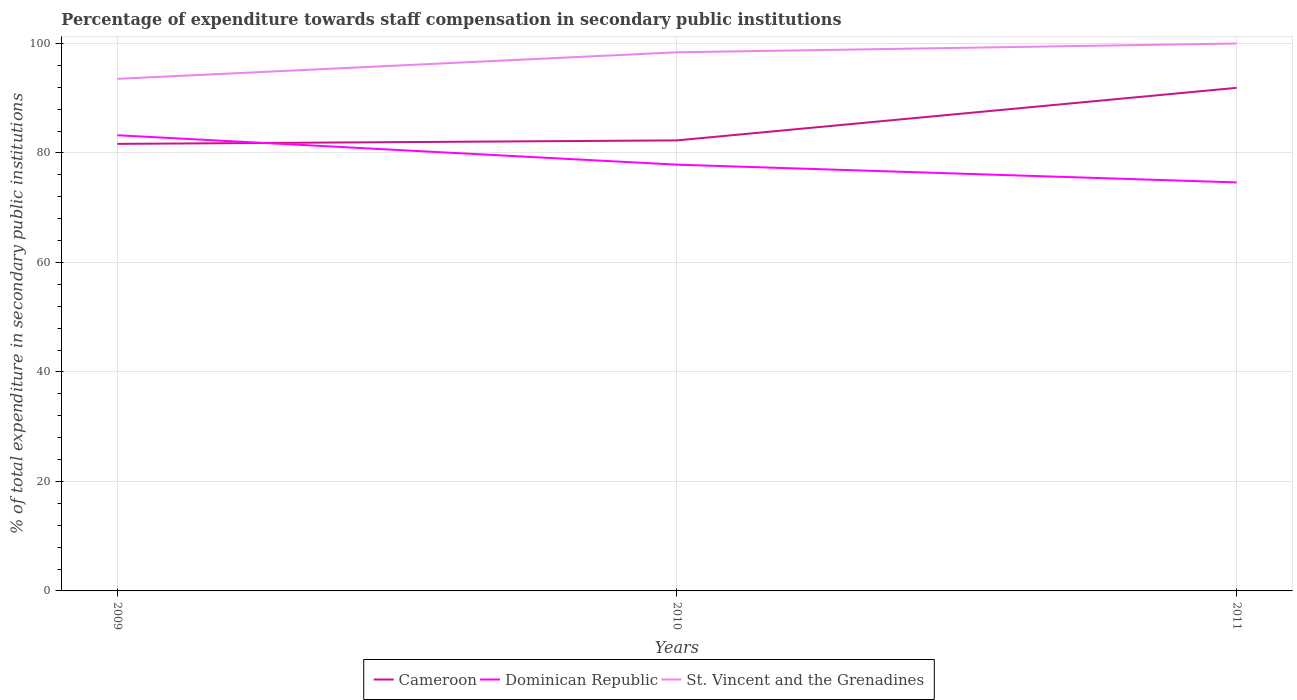
| Years | Cameroon | Dominican Republic | St. Vincent and the Grenadines |
 | --- | --- | --- | --- |
 | 2009 | 81.7 | 83.2 | 93.5 |
 | 2010 | 82.3 | 77.9 | 98.4 |
 | 2011 | 91.9 | 74.6 | 100 |